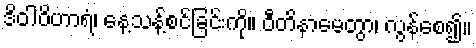
ဒိဝါဝိဟာရံ၊ နေ့သန့်စင်ခြင်းကို။ ဝီတိနာမေတွာ၊ လွန်စေ၍။